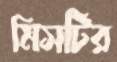
মিসটির